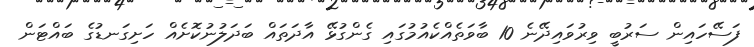
ފަސޭހައިން ސަރުބީ ވިރުވައިދޭނެ 10 ބާވަތެއްކެއުމުގައި ގެންގުޅޭ އާދަތައް ބަދަލުނުކޮށެއް ހަށިގަނޑުގެ ބައްޓަން